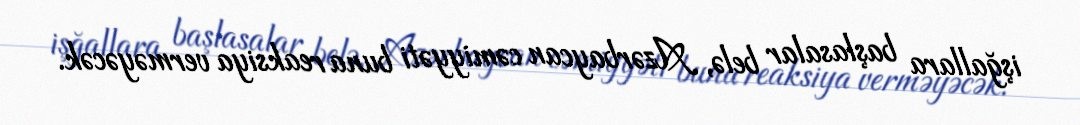
işğallara başlasalar belə, Azərbaycan cəmiyyəti buna reaksiya verməyəcək.